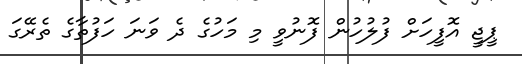
ޕީޖީ އޮފީހަށް ފުލުހުން ފޮނުވީ މި މަހުގެ ދެ ވަނަ ހަފުތާގެ ތެރޭގަ